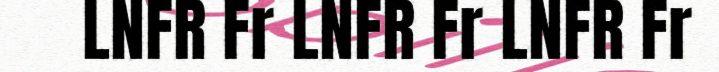
LNFR Fr LNFR Fr LNFR Fr